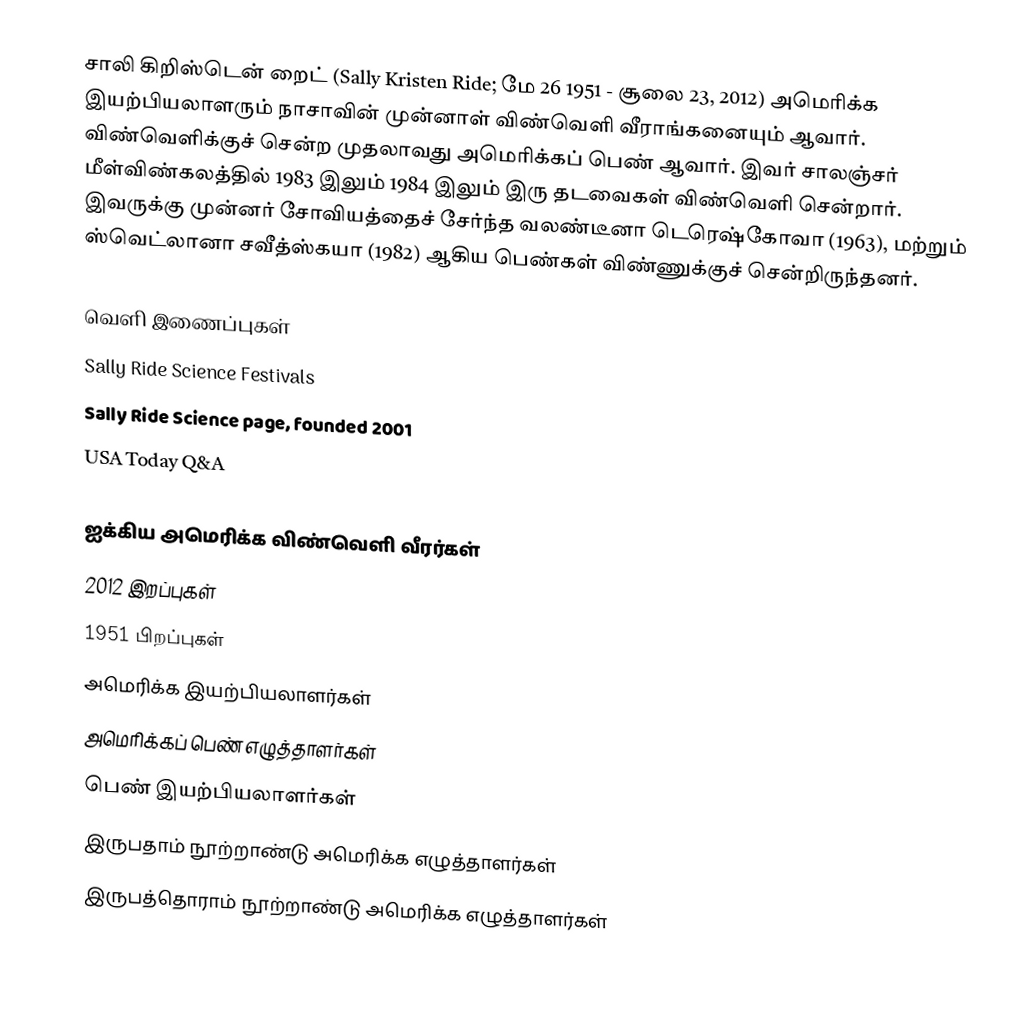
சாலி கிறிஸ்டென் றைட் (Sally Kristen Ride; மே 26 1951 - சூலை 23, 2012) அமெரிக்க இயற்பியலாளரும் நாசாவின் முன்னாள் விண்வெளி வீராங்கனையும் ஆவார். விண்வெளிக்குச் சென்ற முதலாவது அமெரிக்கப் பெண் ஆவார். இவர் சாலஞ்சர் மீள்விண்கலத்தில் 1983 இலும் 1984 இலும் இரு தடவைகள் விண்வெளி சென்றார். இவருக்கு முன்னர் சோவியத்தைச் சேர்ந்த வலண்டீனா டெரெஷ்கோவா (1963), மற்றும் ஸ்வெட்லானா சவீத்ஸ்கயா (1982) ஆகிய பெண்கள் விண்ணுக்குச் சென்றிருந்தனர்.

வெளி இணைப்புகள்
 Sally Ride Science Festivals
 Sally Ride Science page, founded 2001
 USA Today Q&A

ஐக்கிய அமெரிக்க விண்வெளி வீரர்கள்
2012 இறப்புகள்
1951 பிறப்புகள்
அமெரிக்க இயற்பியலாளர்கள்
அமெரிக்கப் பெண் எழுத்தாளர்கள்
பெண் இயற்பியலாளர்கள்
இருபதாம் நூற்றாண்டு அமெரிக்க எழுத்தாளர்கள்
இருபத்தொராம் நூற்றாண்டு அமெரிக்க எழுத்தாளர்கள்